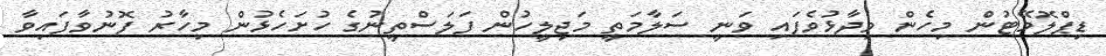
ޑިޕްލޮމޭޓުން މިހެން ވިދާޅުވެފައި ވަނީ ސަލާމަތީ މަޖިލީހުން ފަލަސްތީނުގެ ހުށަހެޅުން މިހާރު ފޮނުވާފައިވާ